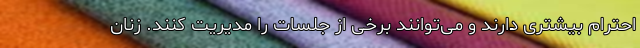
احترام بیشتری دارند و می‌توانند برخی از جلسات را مدیریت کنند. زنان